Source: Handwritten
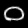
Digit: ၀ (0)